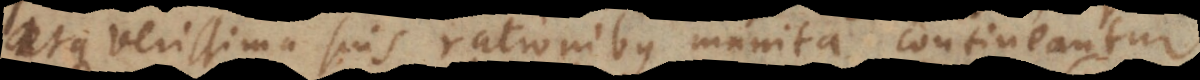
atque verissima suis rationibus munita contineantur.